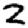
Digit: 2